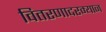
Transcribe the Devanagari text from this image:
वितरणादरम्यान